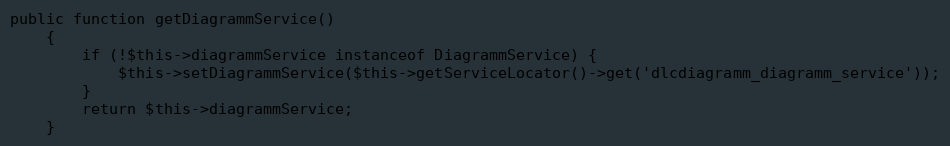
Language: PHP
public function getDiagrammService()
    {
        if (!$this->diagrammService instanceof DiagrammService) {
            $this->setDiagrammService($this->getServiceLocator()->get('dlcdiagramm_diagramm_service'));
        }
        return $this->diagrammService;
    }